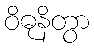
ဝိဓုနိတွာ